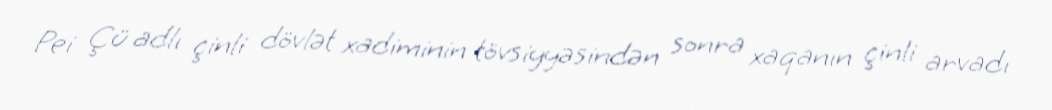
Pei Çü adlı çinli dövlət xadiminin tövsiyyəsindən sonra xaqanın çinli arvadı